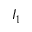
I _ { 1 }